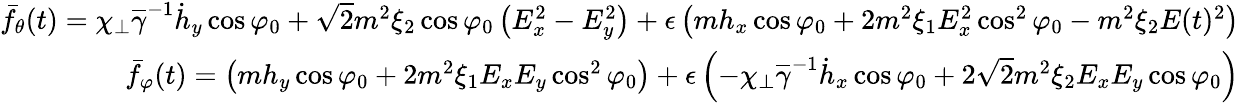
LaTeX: \begin{array}{r}{\bar{f}_{\theta}(t)=\chi_{\perp}\overline{\gamma}^{-1}\dot{h}_{y}\cos\varphi_{0}+\sqrt{2}m^{2}\xi_{2}\cos\varphi_{0}\left(E_{x}^{2}-E_{y}^{2}\right)+\epsilon\left(mh_{x}\cos\varphi_{0}+2m^{2}\xi_{1}E_{x}^{2}\cos^{2}\varphi_{0}-m^{2}\xi_{2}E(t)^{2}\right)}\\ {\bar{f}_{\varphi}(t)=\left(mh_{y}\cos\varphi_{0}+2m^{2}\xi_{1}E_{x}E_{y}\cos^{2}\varphi_{0}\right)+\epsilon\left(-\chi_{\perp}\overline{\gamma}^{-1}\dot{h}_{x}\cos\varphi_{0}+2\sqrt{2}m^{2}\xi_{2}E_{x}E_{y}\cos\varphi_{0}\right)}\end{array}